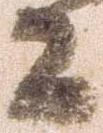
々